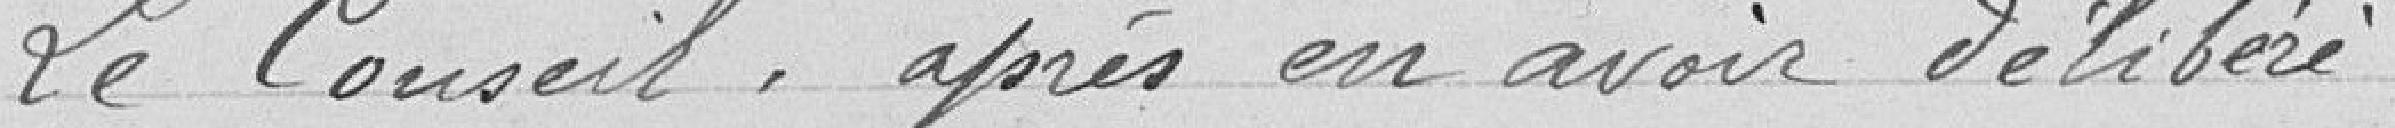
Le Conseil, après en avoir délibéré